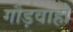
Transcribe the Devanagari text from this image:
गौड़वाहो